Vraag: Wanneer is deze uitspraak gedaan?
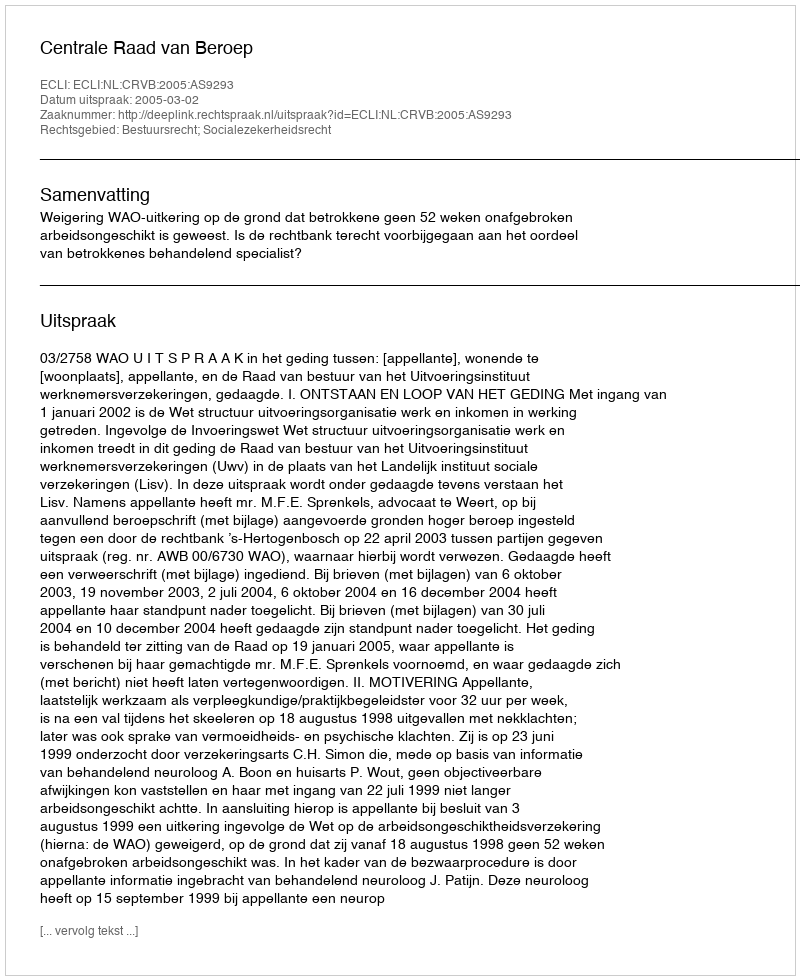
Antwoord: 2005-03-02